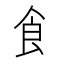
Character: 飠